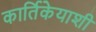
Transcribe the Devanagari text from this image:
कार्तिकेयाशी